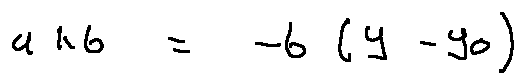
a k b = - b ( y - y _ { 0 } )